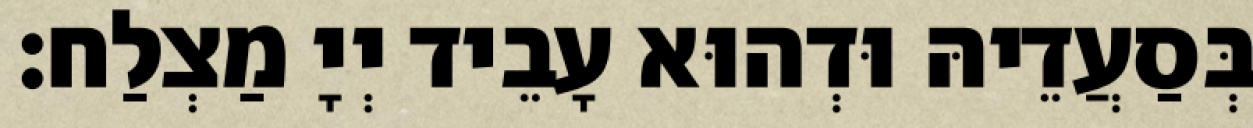
בְּסַעֲדֵיהּ וּדְהוּא עָבֵיד יְיָ מַצְלַח׃